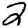
Digit: 2